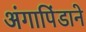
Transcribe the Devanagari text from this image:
अंगापिंडाने